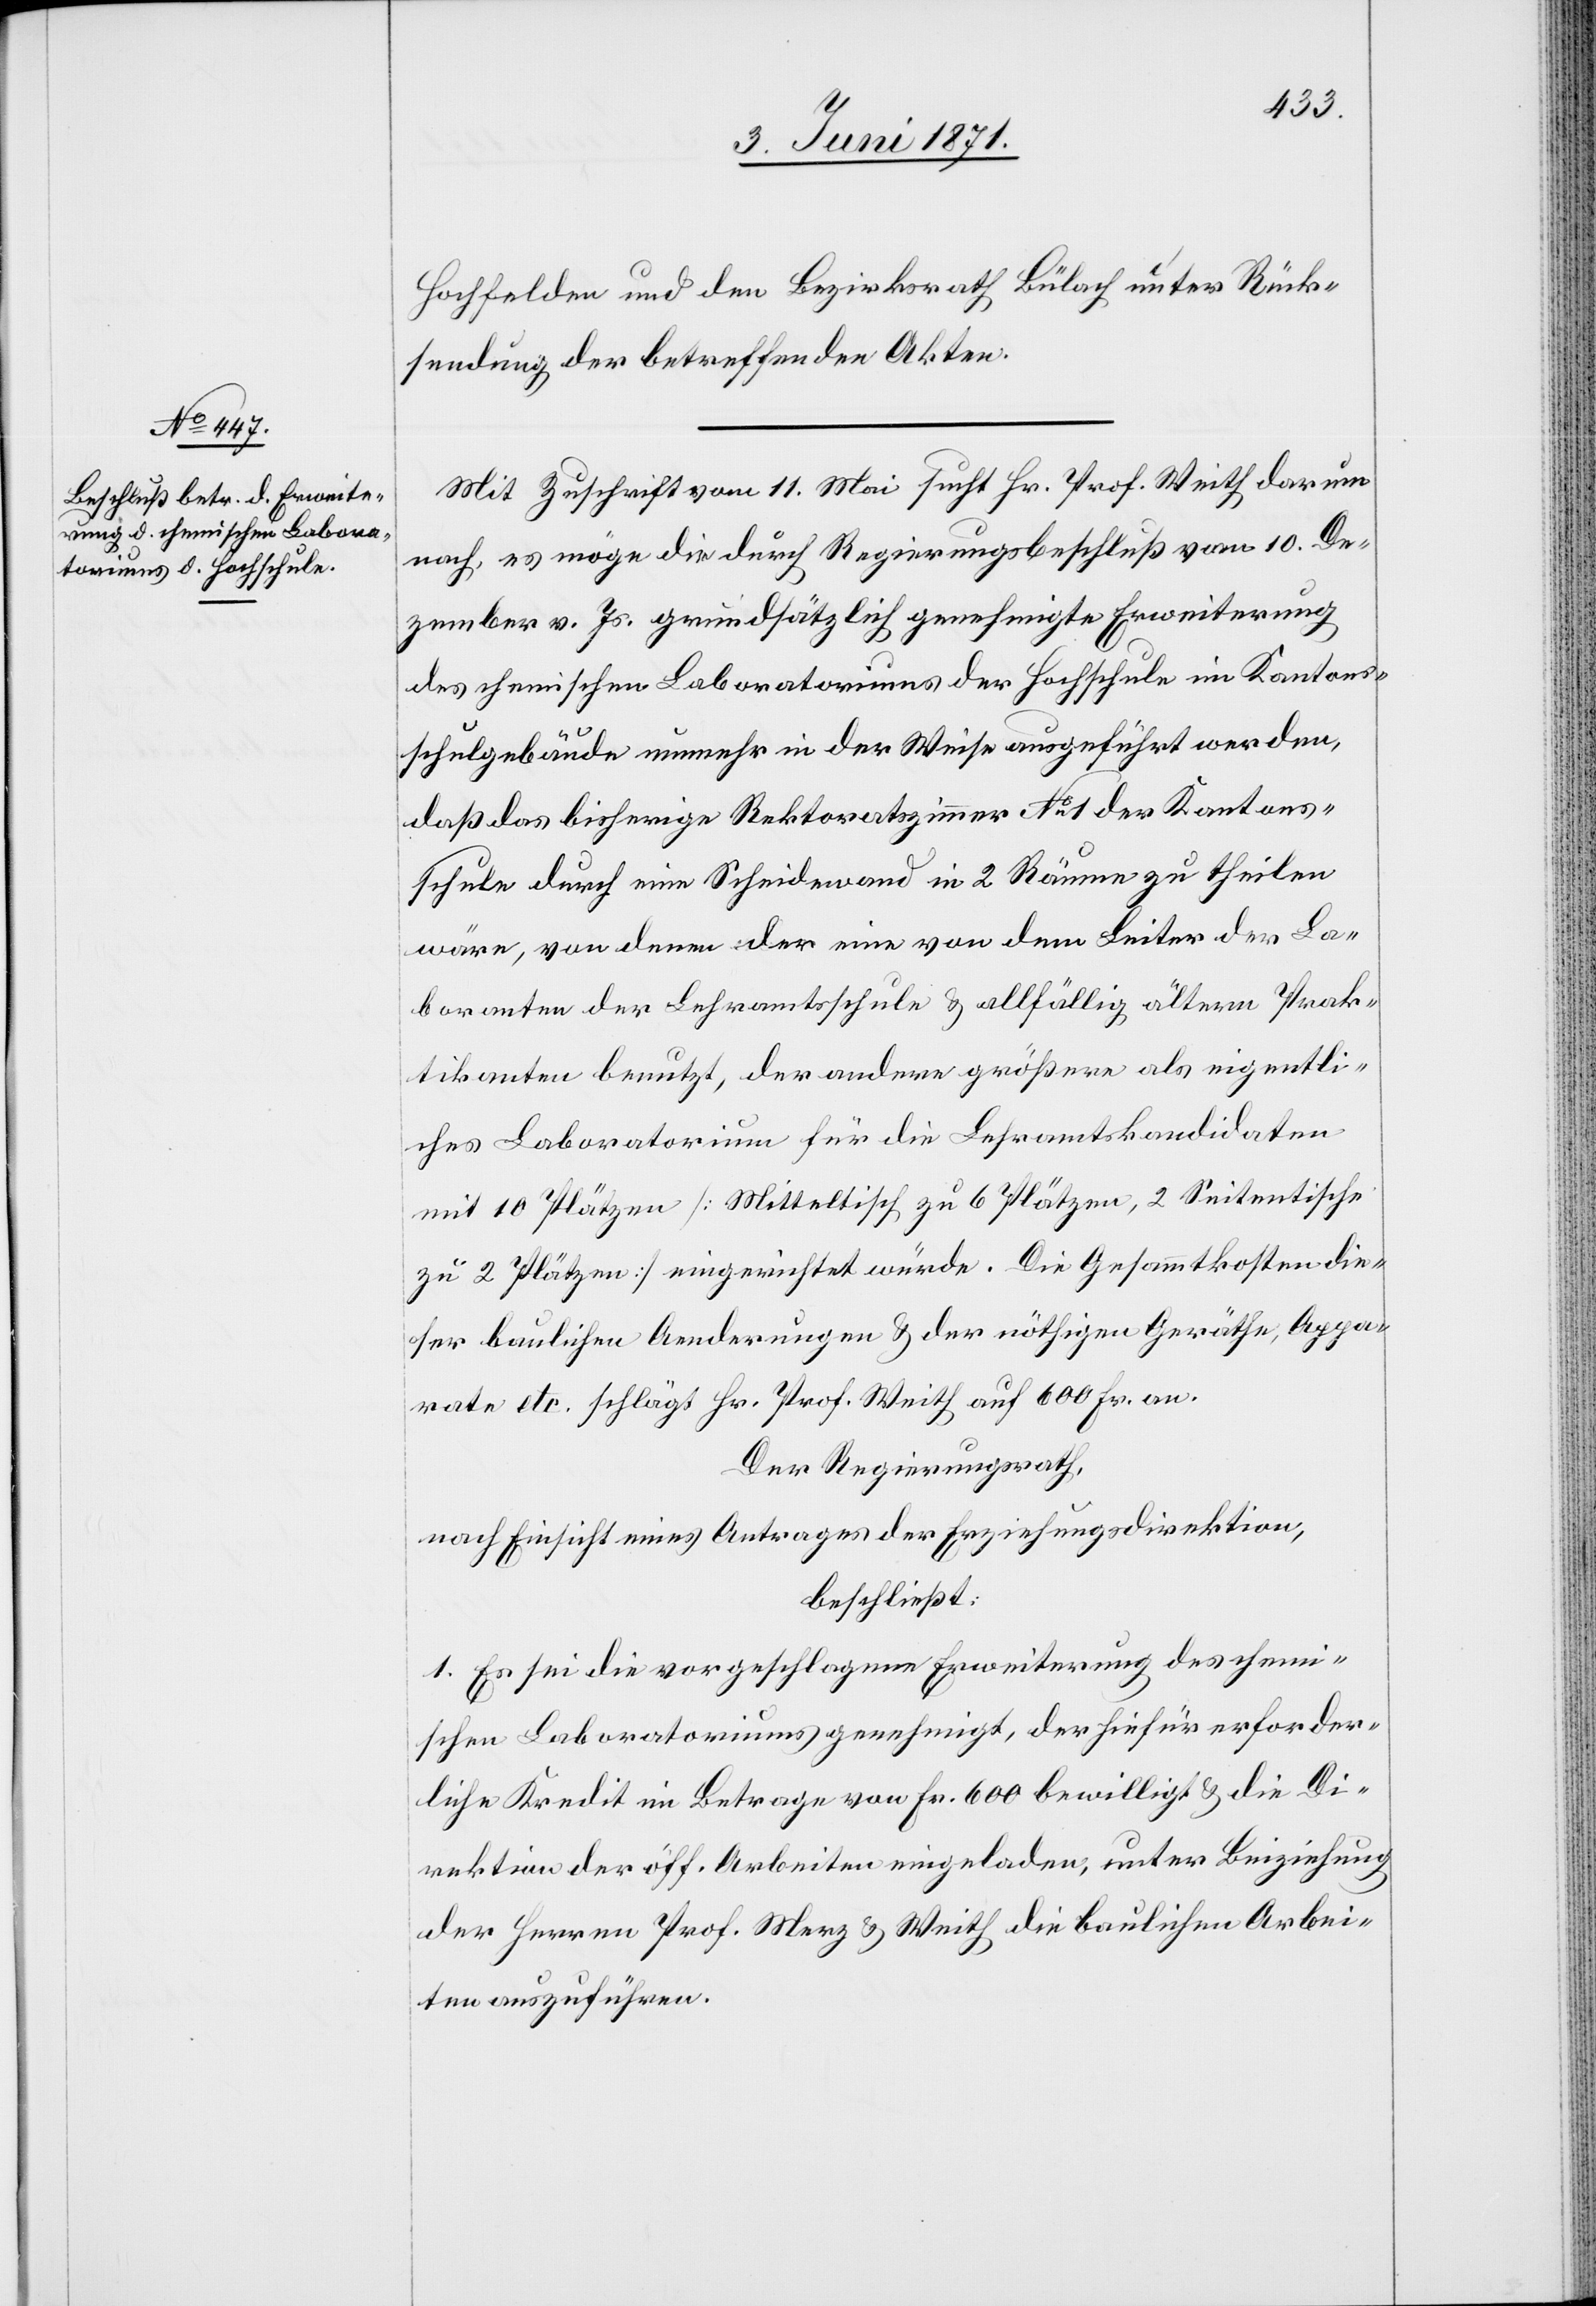
Hochfelden und den Bezirksrath Bülach unter Rück¬
sendung der betreffenden Akten.
Mit Zuschrift vom 11. Mai sucht Hr. Prof. Weith darum
nach, es möge die durch Regierungsbeschluß vom 10. De¬
zember v. Js. grundsätzlich genehmigte Erweiterung
des chemischen Laboratoriums der Hochschule im Kantons¬
schulgebäude nunmehr in der Weise ausgeführt werden,
daß das bisherige Rektoratszimmer No. 1 der Kantons¬
schule durch eine Scheidewand in 2 Räume zu theilen
wäre, von denen der eine von dem Leiter der La¬
boranten der Lehramtsschule u. allfällig ältern Prak¬
tikanten benutzt, der andere größere als eigentli¬
ches Laboratorium für die Lehramtskandidaten
mit 10 Plätzen [Mitteltisch zu 6 Plätzen, 2 Seitentische
zu 2 Plätzen] eingerichtet würde. Die Gesammtkosten die¬
ser baulichen Aenderung u. der nöthigen Geräthe, Appa¬
rate etc. schlägt Hr. Prof. Weith auf 600 Fr. an.
Der Regierungsrath,
nach Einsicht eines Antrages der Erziehungsdirektion,
beschließt:
1. Es sei die vorgeschlagene Erweiterung des chemi¬
schen Laboratoriums genehmigt, der hiefür erforder¬
liche Kredit im Betrage von Fr. 600 bewilligt u. die Di¬
rektion der öff. Arbeiten eingeladen, unter Beiziehung
der Herren Prof. Merz u. Weith die baulichen Arbei¬
ten auszuführen.